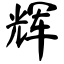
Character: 辉